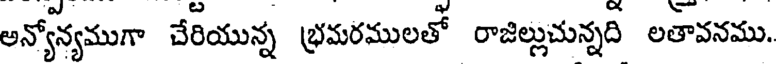
అన్యోన్యముగా చేరియున్న భ్రమరములతో రాజిల్లుచున్నది లతావనము.